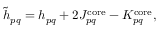
\tilde { h } _ { p q } = h _ { p q } + 2 J _ { p q } ^ { \mathrm { c o r e } } - K _ { p q } ^ { \mathrm { c o r e } } ,